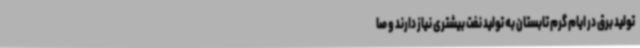
تولید برق در ایام گرم تابستان به تولید نفت بیشتری نیاز دارند و صا